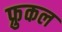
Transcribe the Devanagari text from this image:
फ्रुकल